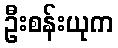
ဦးစန်းယုက